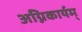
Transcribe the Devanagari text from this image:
अग्निकार्यम्